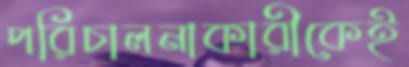
পরিচালনাকারীকেই